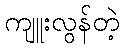
ကျူးလွန်တဲ့